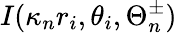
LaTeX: I(\kappa_{n}r_{i},\theta_{i},\Theta_{n}^{\pm})